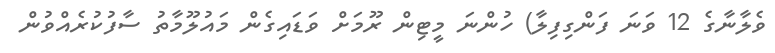
ވެލާނާގެ 12 ވަނަ ފަންގިފިލާ) ހުންނަ މީޓިން ރޫމަށް ވަޑައިގެން މައުލޫމާތު ސާފުކުރެއްވުން